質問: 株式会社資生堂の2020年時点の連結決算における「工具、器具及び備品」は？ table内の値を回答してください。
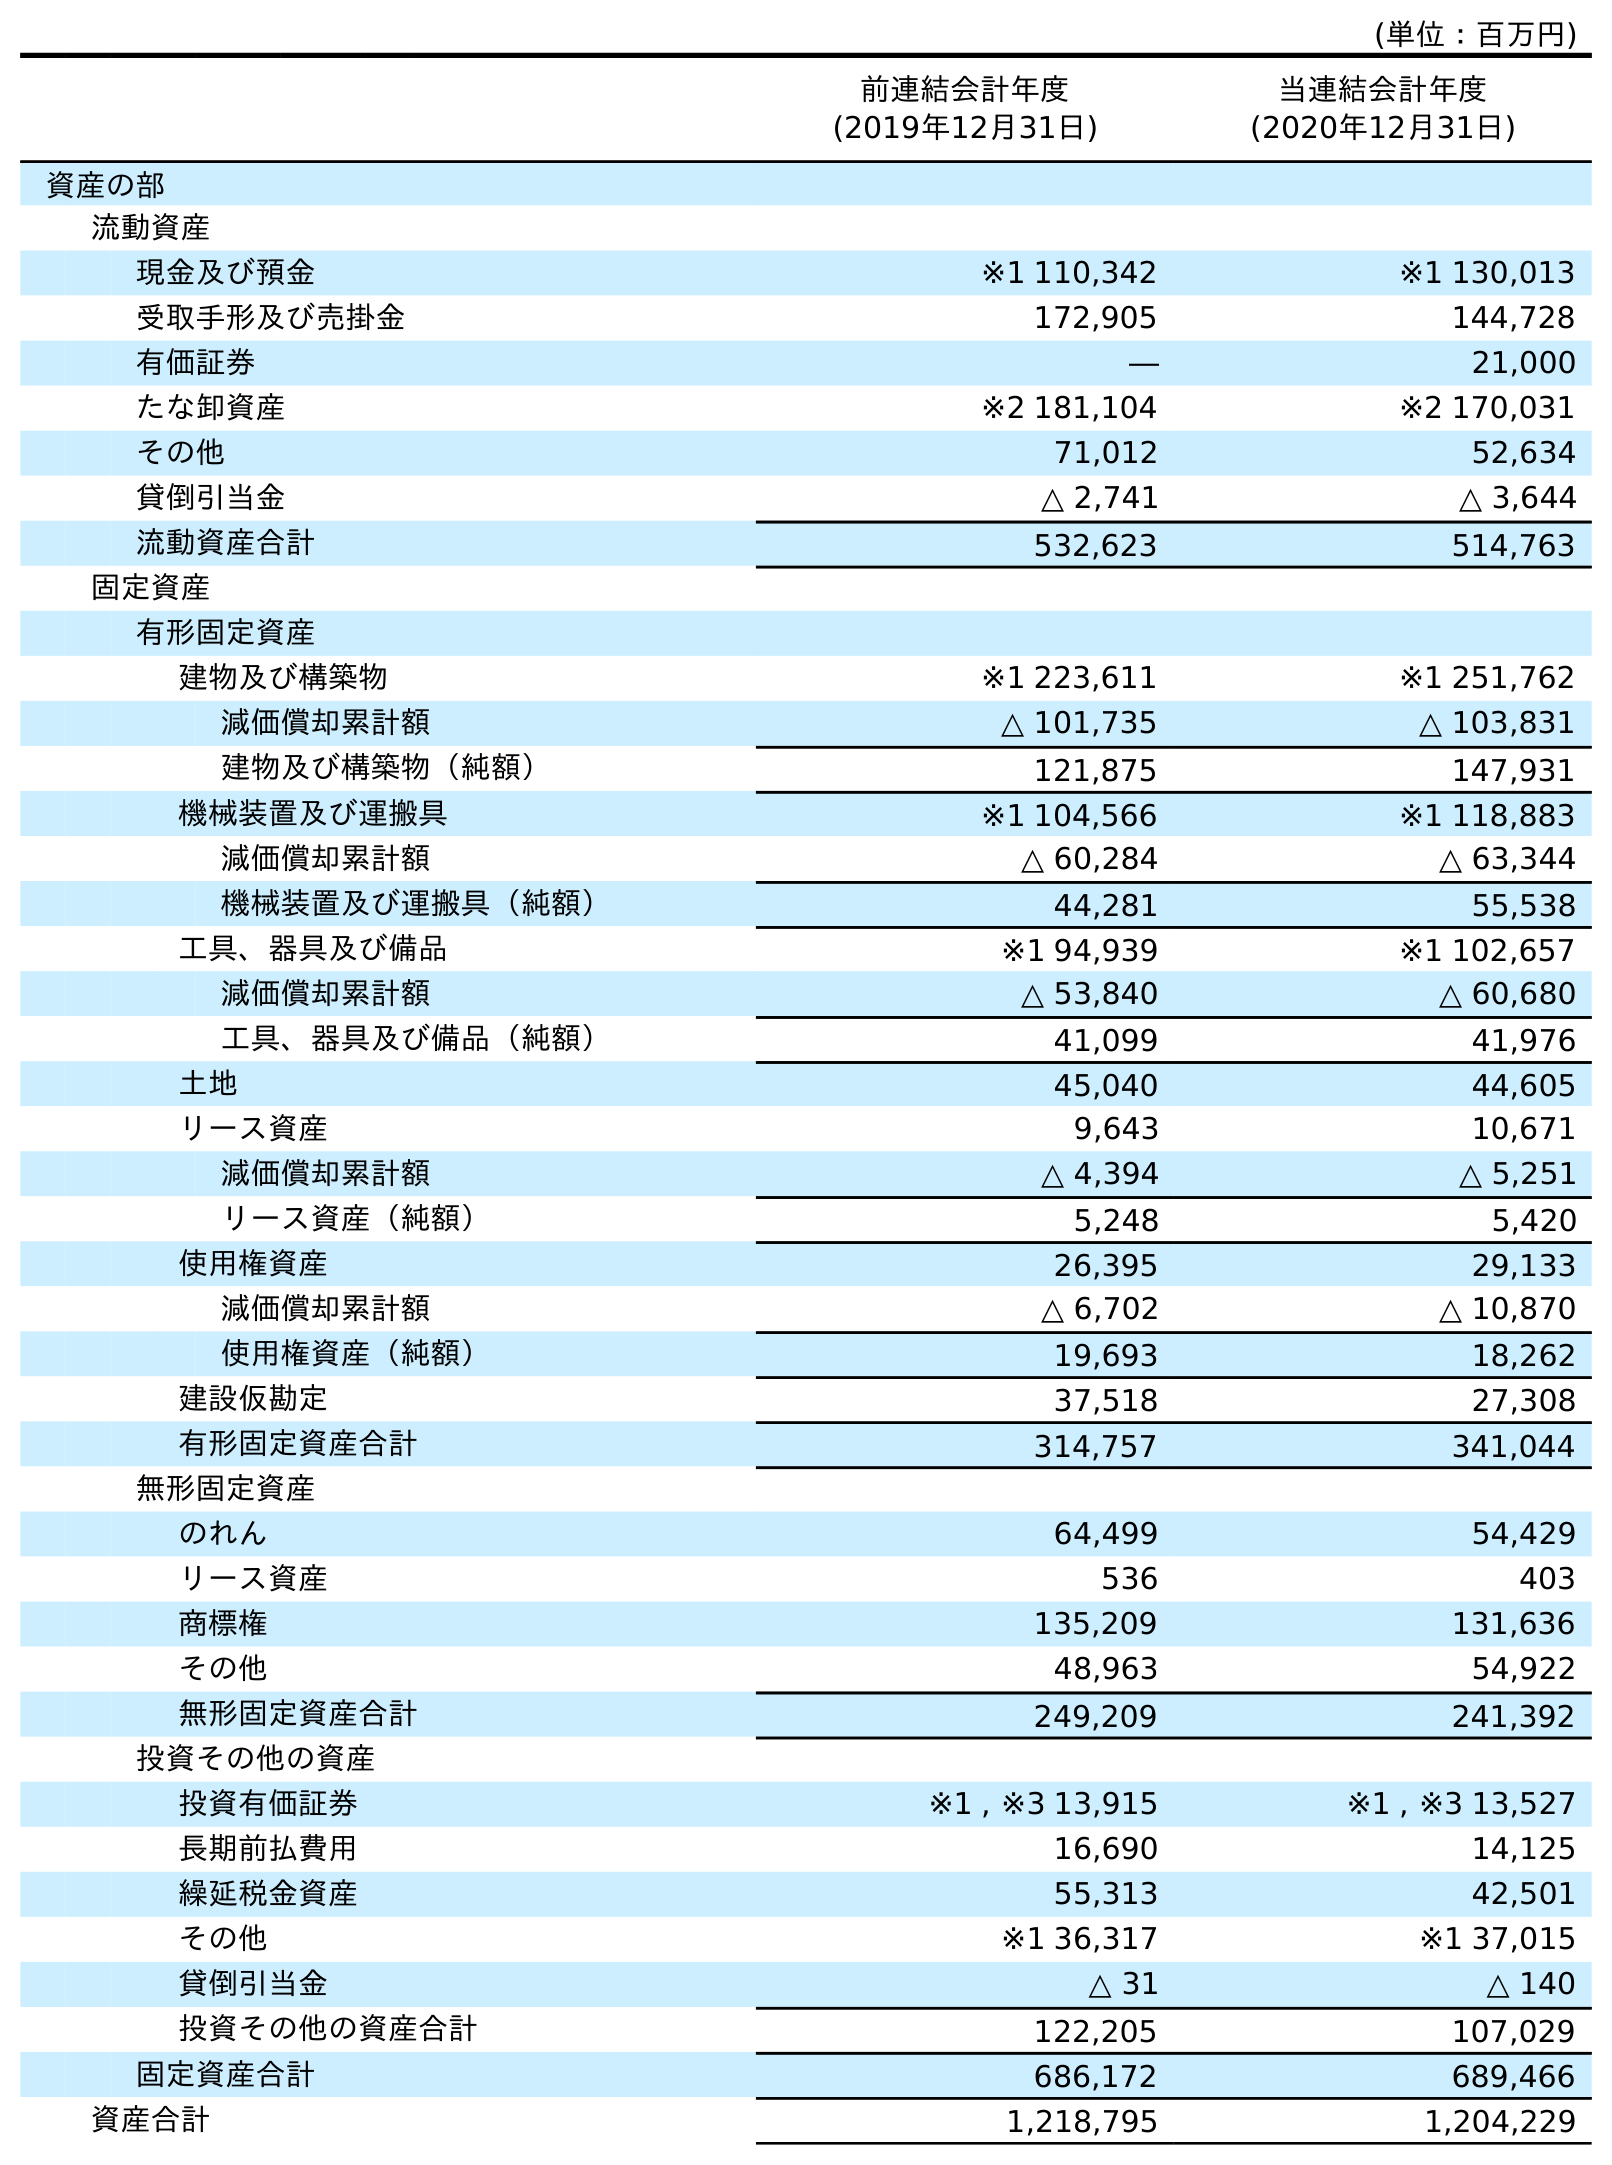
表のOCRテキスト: (単位：百万円) 前連結会計年度 (2019年12月31日) 当連結会計年度 (2020年12月31日) 資産の部 流動資産 現金及び預金 ※1 110,342 ※1 130,013 受取手形及び売掛金 172,905 144,728 有価証券 ― 21,000 たな卸資産 ※2 181,104 ※2 170,031 その他 71,012 52,634 貸倒引当金 △ 2,741 △ 3,644 流動資産合計 532,623 514,763 固定資産 有形固定資産 建物及び構築物 ※1 223,611 ※1 251,762 減価償却累計額 △ 101,735 △ 103,831 建物及び構築物（純額） 121,875 147,931 機械装置及び運搬具 ※1 104,566 ※1 118,883 減価償却累計額 △ 60,284 △ 63,344 機械装置及び運搬具（純額） 44,281 55,538 工具、器具及び備品 ※1 94,939 ※1 102,657 減価償却累計額 △ 53,840 △ 60,680 工具、器具及び備品（純額） 41,099 41,976 土地 45,040 44,605 リース資産 9,643 10,671 減価償却累計額 △ 4,394 △ 5,251 リース資産（純額） 5,248 5,420 使用権資産 26,395 29,133 減価償却累計額 △ 6,702 △ 10,870 使用権資産（純額） 19,693 18,262 建設仮勘定 37,518 27,308 有形固定資産合計 314,757 341,044 無形固定資産 のれん 64,499 54,429 リース資産 536 403 商標権 135,209 131,636 その他 48,963 54,922 無形固定資産合計 249,209 241,392 投資その他の資産 投資有価証券 ※1 , ※3 13,915 ※1 , ※3 13,527 長期前払費用 16,690 14,125 繰延税金資産 55,313 42,501 その他 ※1 36,317 ※1 37,015 貸倒引当金 △ 31 △ 140 投資その他の資産合計 122,205 107,029 固定資産合計 686,172 689,466 資産合計 1,218,795 1,204,229
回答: ※1102,657